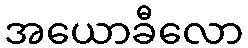
အယောခီလော